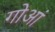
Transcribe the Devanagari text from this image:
गोआं